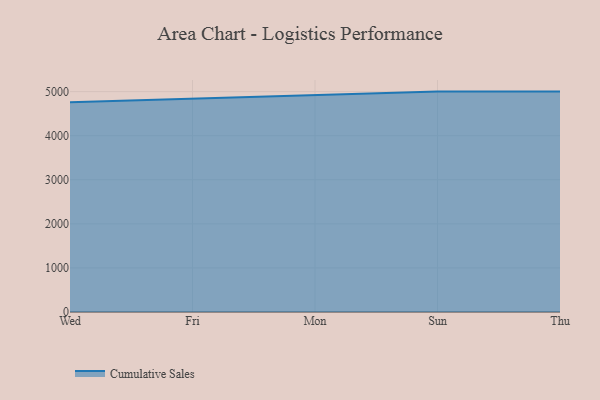
{"axis": {"x": "Day", "y": "Backlog"}, "legend": ["Cumulative Sales"], "data": [{"x": "Wed", "y": 4760.6, "type": "Cumulative Sales"}, {"x": "Fri", "y": 4837.9, "type": "Cumulative Sales"}, {"x": "Mon", "y": 4917.5, "type": "Cumulative Sales"}, {"x": "Sun", "y": 5000, "type": "Cumulative Sales"}, {"x": "Thu", "y": 5000, "type": "Cumulative Sales"}]}